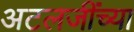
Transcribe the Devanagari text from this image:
अटलजींच्या